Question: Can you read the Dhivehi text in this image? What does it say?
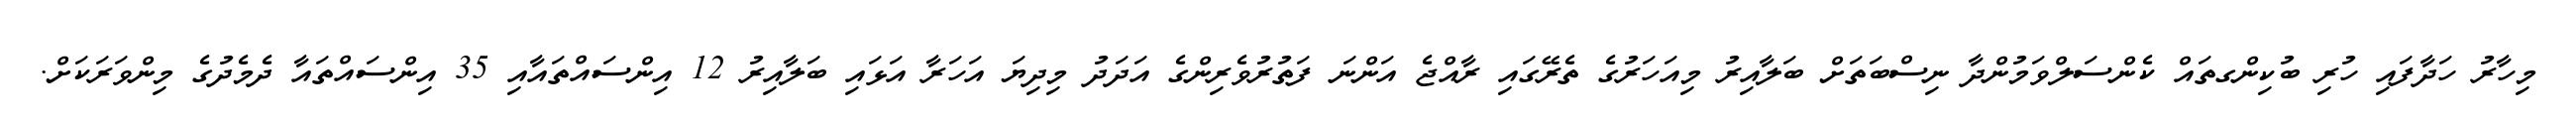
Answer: މިހާރު ހަދާފައި ހުރި ބުކިންގތައް ކެންސަލްވަމުންދާ ނިސްބަތަށް ބަލާއިރު މިއަހަރުގެ ތެރޭގައި ރާއްޖެ އަންނަ ފަތުރުވެރިންގެ އަދަދު މިދިޔަ އަހަރާ އަޅައި ބަލާއިރު 12 އިންސައްތައާއި 35 އިންސައްތައާ ދެމެދުގެ މިންވަރަކަށް.